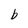
Character: b